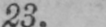
23.